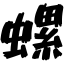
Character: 螺